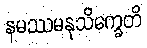
နမဿမနုသိက္ခေတိ